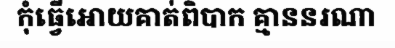
កុំធ្វើអោយគាត់ពិបាក គ្មាននរណា